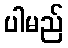
ပါမည်